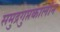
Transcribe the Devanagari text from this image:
समुद्रगुप्तकालीन